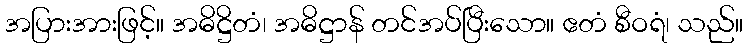
အပြားအားဖြင့်။ အဓိဋ္ဌိတံ၊ အဓိဋ္ဌာန် တင်အပ်ပြီးသော။ ဧတံ စီဝရံ၊ သည်။